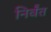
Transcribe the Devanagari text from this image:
निर्वंत